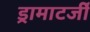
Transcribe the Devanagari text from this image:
ड्रामाटर्जी